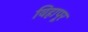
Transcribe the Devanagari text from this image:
विहापूर